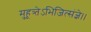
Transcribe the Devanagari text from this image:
मुहूत्र्तेऽभिजित्संज्ञे।।